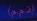
(ذ٠م٠م)